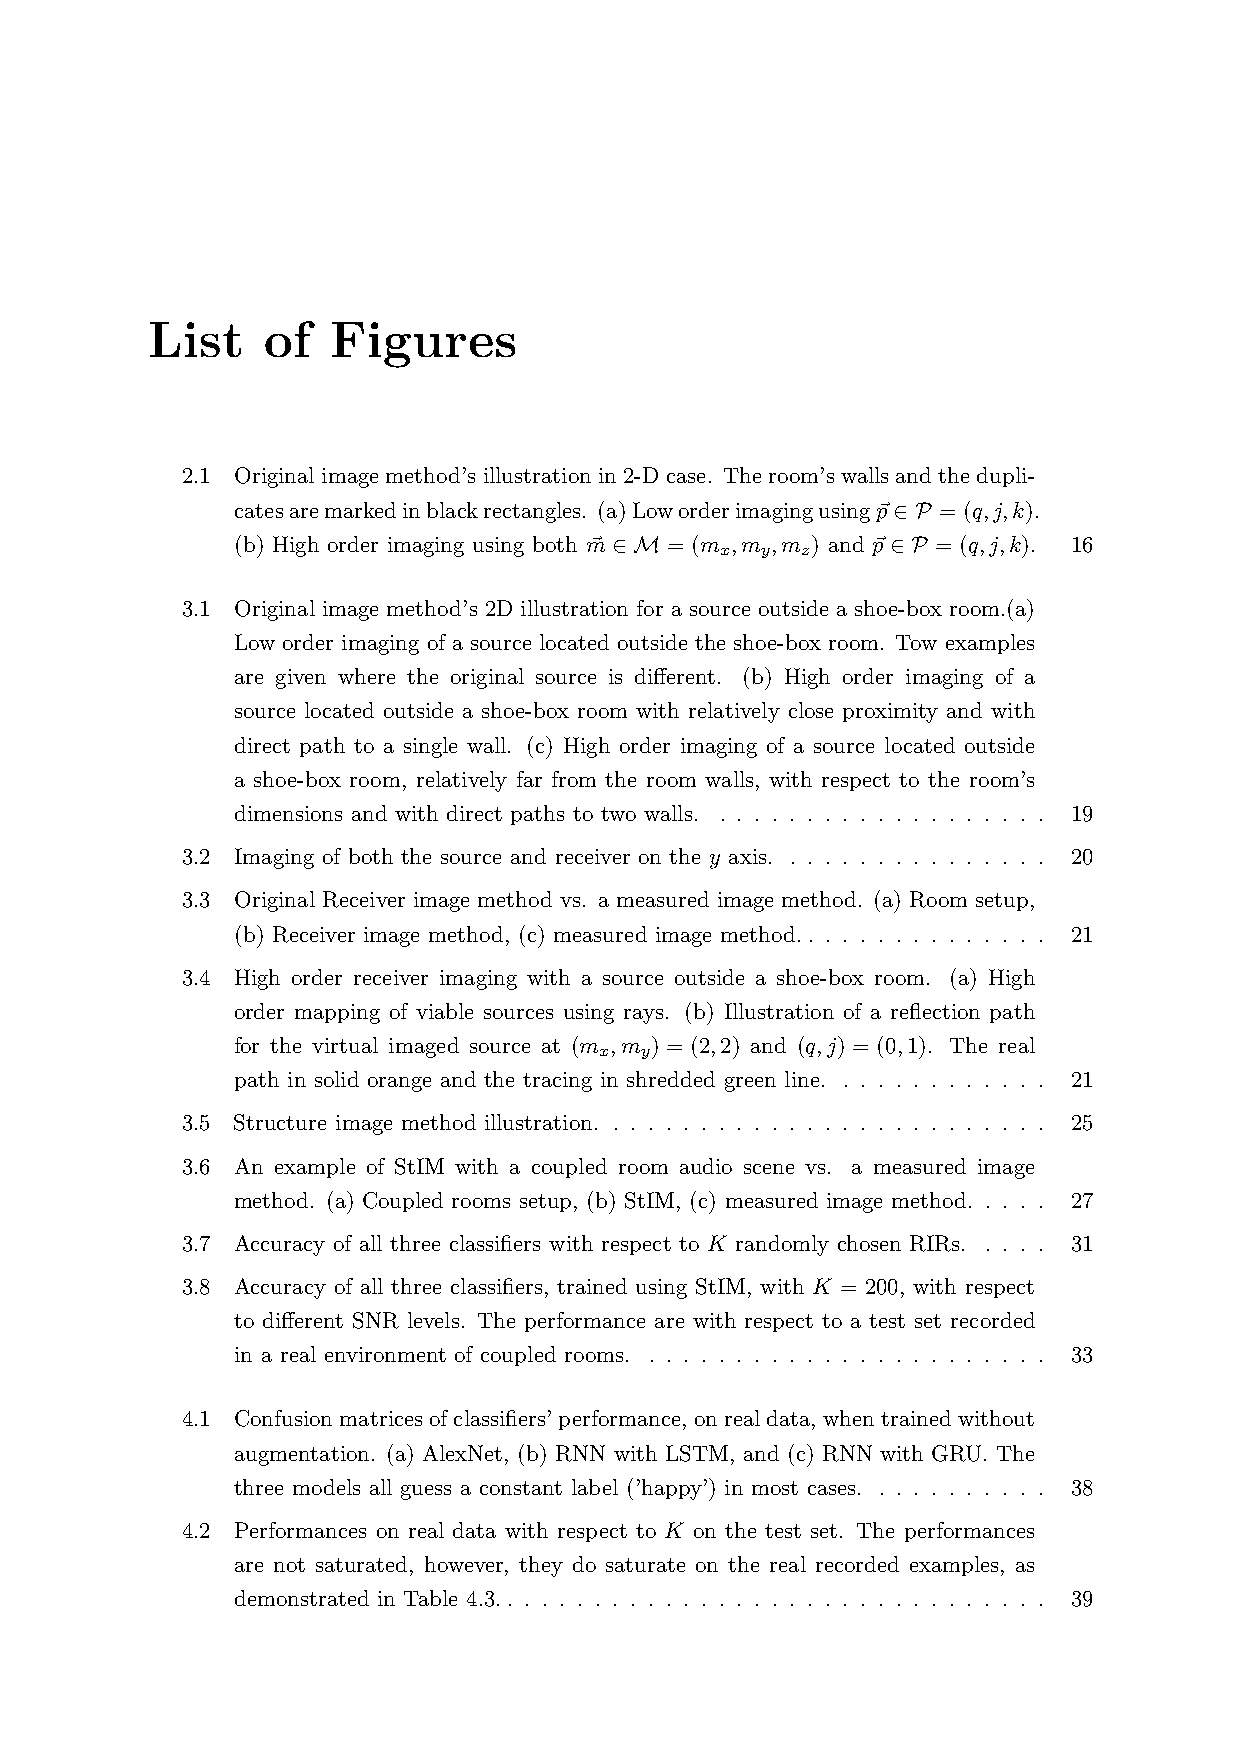
List   of   Figures
 2.1 Original image method’s illustration in 2-D case. The room’s walls and the dupli-
 catesaremarkedinblackrectangles. (a)Loworderimagingusingp⃗∈ P = (q,j,k).
 (b) High order imaging using both m⃗ ∈ M = (m ,m ,m ) and p⃗∈ P = (q,j,k). 16
 x y  z
 3.1 Original image method’s 2D illustration for a source outside a shoe-box room.(a)
 Low order imaging of a source located outside the shoe-box room. Tow examples
 are given where the original source is different. (b) High order imaging of a
 source located outside a shoe-box room with relatively close proximity and with
 direct path to a single wall. (c) High order imaging of a source located outside
 a shoe-box room, relatively far from the room walls, with respect to the room’s
 dimensions and with direct paths to two walls. . . . . . . . . . . . . . . . . . . . 19
 3.2 Imaging of both the source and receiver on the y axis. . . . . . . . . . . . . . . . 20
 3.3 Original Receiver image method vs. a measured image method. (a) Room setup,
 (b) Receiver image method, (c) measured image method.. . . . . . . . . . . . . . 21
 3.4 High order receiver imaging with a source outside a shoe-box room. (a) High
 order mapping of viable sources using rays. (b) Illustration of a reflection path
 for the virtual imaged source at (m ,m ) = (2,2) and (q,j) = (0,1). The real
 x y
 path in solid orange and the tracing in shredded green line. . . . . . . . . . . . . 21
 3.5 Structure image method illustration. . . . . . . . . . . . . . . . . . . . . . . . . . 25
 3.6 An example of StIM with a coupled room audio scene vs. a measured image
 method. (a) Coupled rooms setup, (b) StIM, (c) measured image method. . . . . 27
 3.7 Accuracy of all three classifiers with respect to K randomly chosen RIRs. . . . . 31
 3.8 Accuracy of all three classifiers, trained using StIM, with K = 200, with respect
 to different SNR levels. The performance are with respect to a test set recorded
 in a real environment of coupled rooms. . . . . . . . . . . . . . . . . . . . . . . . 33
 4.1 Confusionmatricesofclassifiers’performance, onrealdata, whentrainedwithout
 augmentation. (a) AlexNet, (b) RNN with LSTM, and (c) RNN with GRU. The
 three models all guess a constant label (’happy’) in most cases. . . . . . . . . . . 38
 4.2 Performances on real data with respect to K on the test set. The performances
 are not saturated, however, they do saturate on the real recorded examples, as
 demonstrated in Table 4.3.. . . . . . . . . . . . . . . . . . . . . . . . . . . . . . . 39